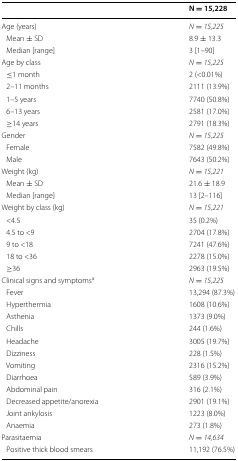
|  | N = 15,228 |
 | --- | --- |
 | Age (years) | N = 15,225 |
 | Mean ± SD | 8.9 ± 13.3 |
 | Median [range] | 3 [1–90] |
 | Age by class | N = 15,225 |
 | ≤1 month | 2 (<0.01%) |
 | 2–11 months | 2111 (13.9%) |
 | 1–5 years | 7740 (50.8%) |
 | 6–13 years | 2581 (17.0%) |
 | ≥14 years | 2791 (18.3%) |
 | Gender | N = 15,225 |
 | Female | 7582 (49.8%) |
 | Male | 7643 (50.2%) |
 | Weight (kg) | N = 15,221 |
 | Mean ± SD | 21.6 ± 18.9 |
 | Median [range] | 13 [2–116] |
 | Weight by class (kg) | N = 15,221 |
 | <4.5 | 35 (0.2%) |
 | 4.5 to <9 | 2704 (17.8%) |
 | 9 to <18 | 7241 (47.6%) |
 | 18 to <36 | 2278 (15.0%) |
 | ≥36 | 2963 (19.5%) |
 | Clinical signs and symptomsa | N = 15,225 |
 | Fever | 13,294 (87.3%) |
 | Hyperthermia | 1608 (10.6%) |
 | Asthenia | 1373 (9.0%) |
 | Chills | 244 (1.6%) |
 | Headache | 3005 (19.7%) |
 | Dizziness | 228 (1.5%) |
 | Vomiting | 2316 (15.2%) |
 | Diarrhoea | 589 (3.9%) |
 | Abdominal pain | 316 (2.1%) |
 | Decreased appetite/anorexia | 2901 (19.1%) |
 | Joint ankylosis | 1223 (8.0%) |
 | Anaemia | 273 (1.8%) |
 | Parasitaemia | N = 14,634 |
 | Positive thick blood smears | 11,192 (76.5%) |